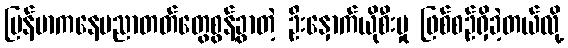
မြန်မာကနေပညာတတ်တွေစွန့်ခွာတဲ့ ဦးနှောက်ယိုစီးမှု ဖြစ်စဉ်ရှိခဲ့တယ်လို့